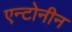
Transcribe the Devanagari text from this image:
एन्टोनीन